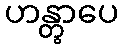
ဟန္တွာပေ